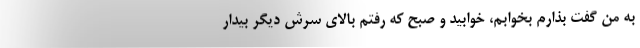
به من گفت بذارم بخوابم، خوابید و صبح که رفتم بالای سرش دیگر بیدار